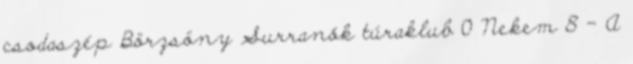
csodaszép Börzsöny Surranók túraklub 0 Nekem 8 – A